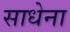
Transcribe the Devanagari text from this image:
साधेना